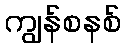
ကျွန်စနစ်